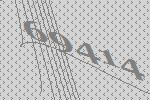
69414